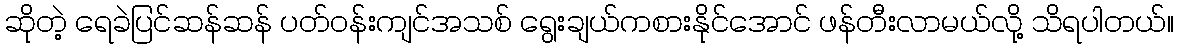
ဆိုတဲ့ ရေခဲပြင်ဆန်ဆန် ပတ်ဝန်းကျင်အသစ် ရွေးချယ်ကစားနိုင်အောင် ဖန်တီးလာမယ်လို့ သိရပါတယ်။